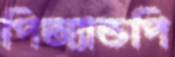
পিঅ্যান্ডপি